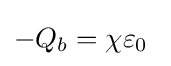
-Q_{b}=\chi \varepsilon _{0}\